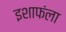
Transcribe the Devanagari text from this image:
इशाफंला